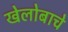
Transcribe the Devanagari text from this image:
खेलोबाचे